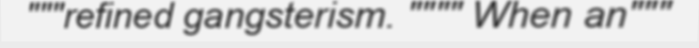
"""refined gangsterism. """" When an"""